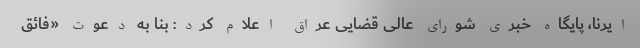
ایرنا، پایگاه خبری شورای عالی قضایی عراق اعلام کرد: بنا به دعوت «فائق